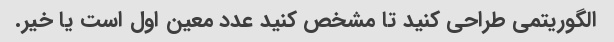
الگوریتمی طراحی کنید تا مشخص کنید عدد معین اول است یا خیر.